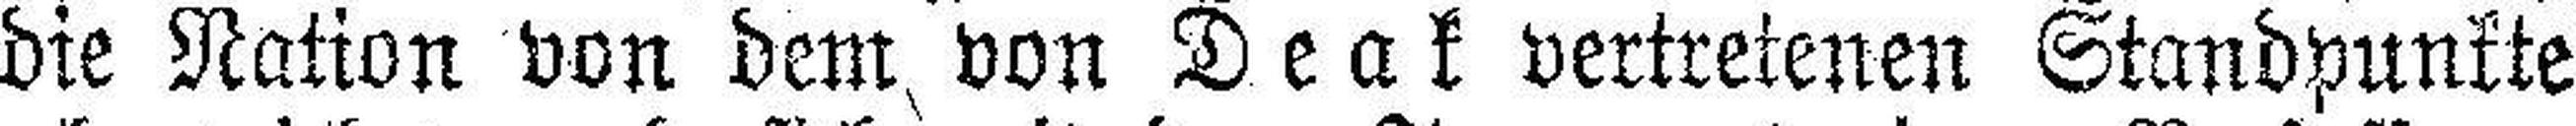
die Nation von dem von Deak vertretenen Standpunkte